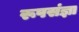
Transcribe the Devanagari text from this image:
रूपसंज्ञा